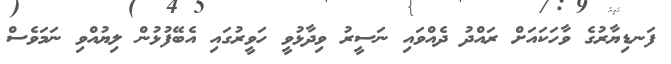
ފަނޑިޔާރުގެ ވާހަކައަށް ރައްދު ދެއްވައި ނަސީރު ވިދާޅުވީ ހަވީރުގައި އެބޭފުޅުން ލިޔުއްވި ނަމަވެސް